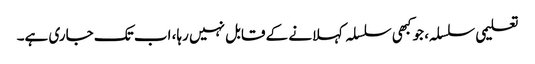
تعلیمی سلسلہ، جو کبھی سلسلہ کہلانے کے قابل نہیں رہا، اب تک جاری ہے۔